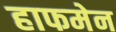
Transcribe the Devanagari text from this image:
हाफमेन